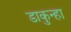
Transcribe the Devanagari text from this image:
डाकुन्हा